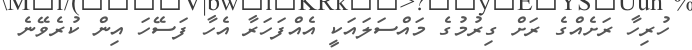
ހުރިހާ ރަށެއްގެ ރަށް ގިރުމުގެ މައްސަލައަކީ އެއްފަހަރާ އެހާ ފަސޭހަ އިން ކުރެވޭނެ